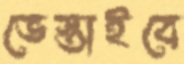
ভেস্তাইবে